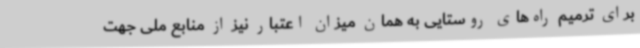
برای ترمیم راه‌های روستایی به همان میزان اعتبار نیز از منابع ملی جهت